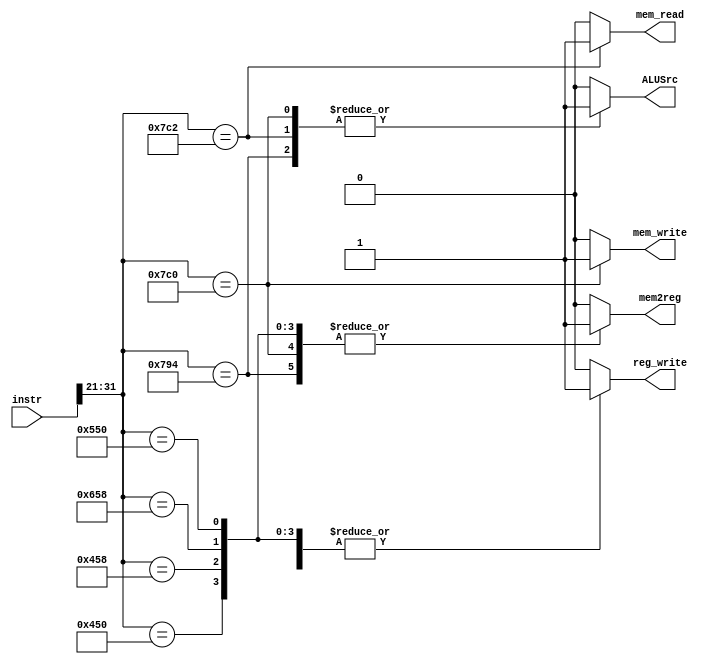
`timescale 1ns / 1ps
//////////////////////////////////////////////////////////////////////////////////
// Company: 
// Engineer: 
// 
// Design Name: 
// Module Name: Control_Unit
// Project Name: 
// Target Devices: 
// Tool Versions: 
// Description: 
// 
// Dependencies: 
// 
// Revision:
// Revision 0.01 - File Created
// Additional Comments:
// 
//////////////////////////////////////////////////////////////////////////////////


module Control_Unit(
    input [31:0] instr,
    // flags
    output reg reg_write,
    output reg mem_write,
    output reg mem_read,
    output reg mem2reg,
    output reg ALUSrc
);

    always@(instr) begin
        case (instr[31:21])
            (11'h7C0) : begin //STUR
                reg_write <= 1'b0;
                mem_read <= 1'b0;
                mem_write <= 1'b1;
                mem2reg <= 1'b1;
                ALUSrc <= 1'b1;
            end
            11'h7C2 : begin //LDUR
                reg_write <= 1'b1;
                mem_read <= 1'b1;
                mem_write <= 1'b0;
                mem2reg <= 1'b0;
                ALUSrc <= 1'b1;
            end
            11'h450 : begin
                reg_write <= 1'b1;
                mem_read <= 1'b0;
                mem_write <= 1'b0;
                mem2reg <= 1'b1;
                ALUSrc <= 1'b0;
            end
            11'h458: begin
                reg_write <= 1'b1;
                mem_read <= 1'b0;
                mem_write <= 1'b0;
                mem2reg <= 1'b1;
                ALUSrc <= 1'b0;
            end
            11'h658 : begin
                reg_write <= 1'b1;
                mem_read <= 1'b0;
                mem_write <= 1'b0;
                mem2reg <= 1'b1;
                ALUSrc <= 1'b0;
            end
            11'h550 : begin
                reg_write <= 1'b1;
                mem_read <= 1'b0;
                mem_write <= 1'b0;
                mem2reg <= 1'b1;
                ALUSrc <= 1'b0;
            end
            11'h794: begin //MOVK
                reg_write <= 1'b1;
                mem_read <= 1'b0;
                mem_write <= 1'b0;
                mem2reg <= 1'b1;
                ALUSrc <= 1'b1;
            end
            default
            begin
                reg_write <= 1'b0;
                mem_write <= 1'b0;
                mem_read <= 1'b0;
                mem2reg <= 1'b0;
                ALUSrc <= 1'b0;
            end

        endcase
    end

endmodule